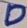
Text: D